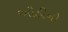
ઔડીનો